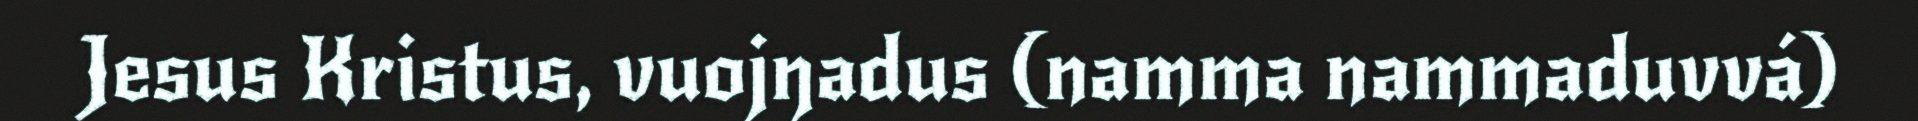
Jesus Kristus, vuojŋadus (namma nammaduvvá)